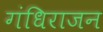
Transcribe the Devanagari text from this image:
गंधिराजन